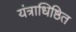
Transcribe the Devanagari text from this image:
यंत्राधिष्ठित